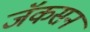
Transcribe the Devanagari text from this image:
जॅकसन